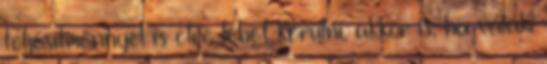
teljesítménnyel is élre lehet kerülni, akkor is, ha valaki